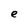
Character: e